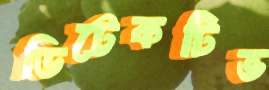
ডিটেকটিভ